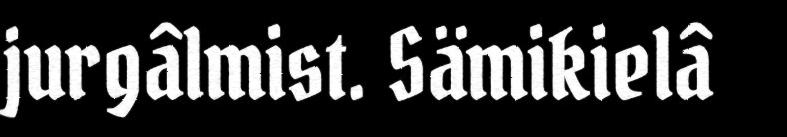
jurgâlmist. Sämikielâ